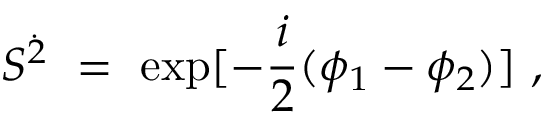
S ^ { \dot { 2 } } ~ = ~ \mathrm { e x p } [ - \frac { i } { 2 } ( \phi _ { 1 } - \phi _ { 2 } ) ] ~ ,